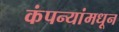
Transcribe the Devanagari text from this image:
कंपन्यांमधून